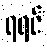
ရရင်